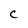
Character: c